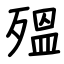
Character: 殟